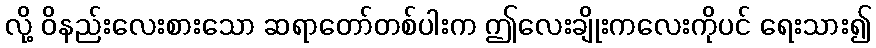
လို့ ဝိနည်းလေးစားသော ဆရာတော်တစ်ပါးက ဤလေးချိုးကလေးကိုပင် ရေးသား၍